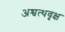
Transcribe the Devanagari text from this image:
अश्वत्थवृक्ष